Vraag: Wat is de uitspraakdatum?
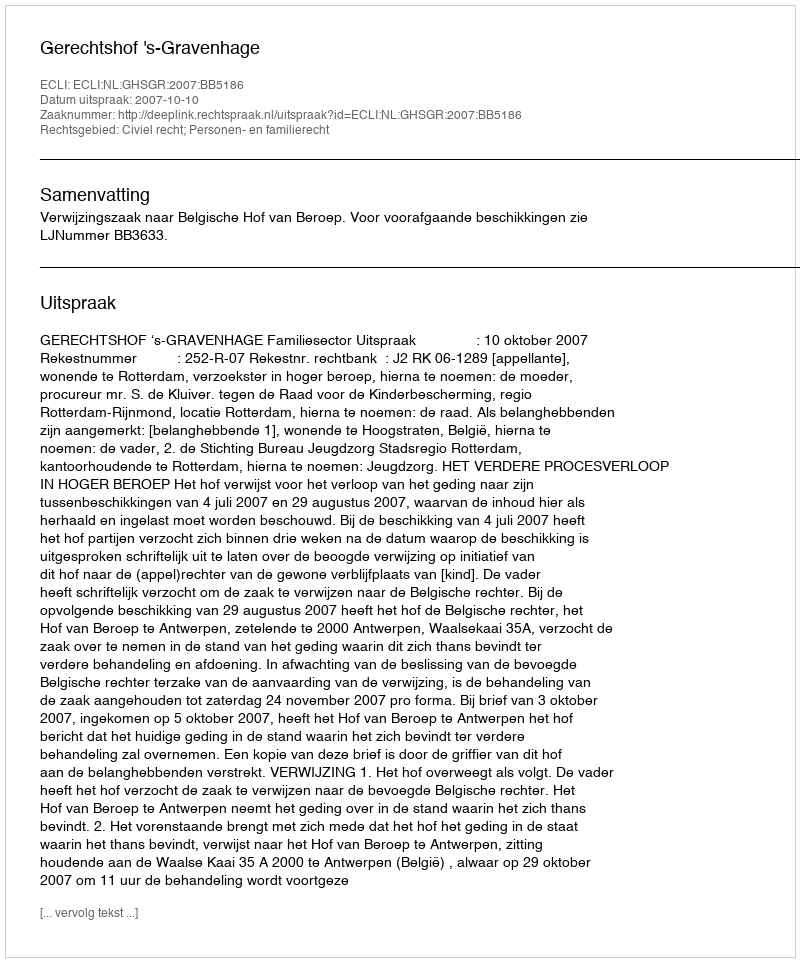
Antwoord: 2007-10-10